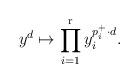
LaTeX: \begin{align*}y^d \mapsto \prod_{i=1}^{\mathrm{r}}y_i^{p_i^+\cdot d}.\end{align*}